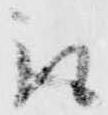
取